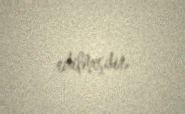
edilmişdir.